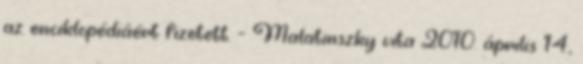
az enciklopédiáért fizetett. – Malatinszky vita 2010. április 14.,